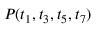
P ( t _ { 1 } , t _ { 3 } , t _ { 5 } , t _ { 7 } )